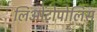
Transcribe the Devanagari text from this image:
लिओंटोपोलिस